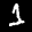
Label: 1